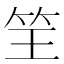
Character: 𮵬